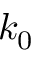
k _ { 0 }